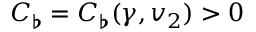
C _ { \flat } = C _ { \flat } ( \gamma , v _ { 2 } ) > 0